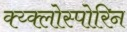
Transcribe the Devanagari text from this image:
क्य्क्लोस्पोरिन